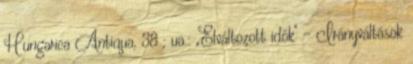
Hungarica Antiqua, 38 ; ua.: „Elváltozott idők" – Irányváltások